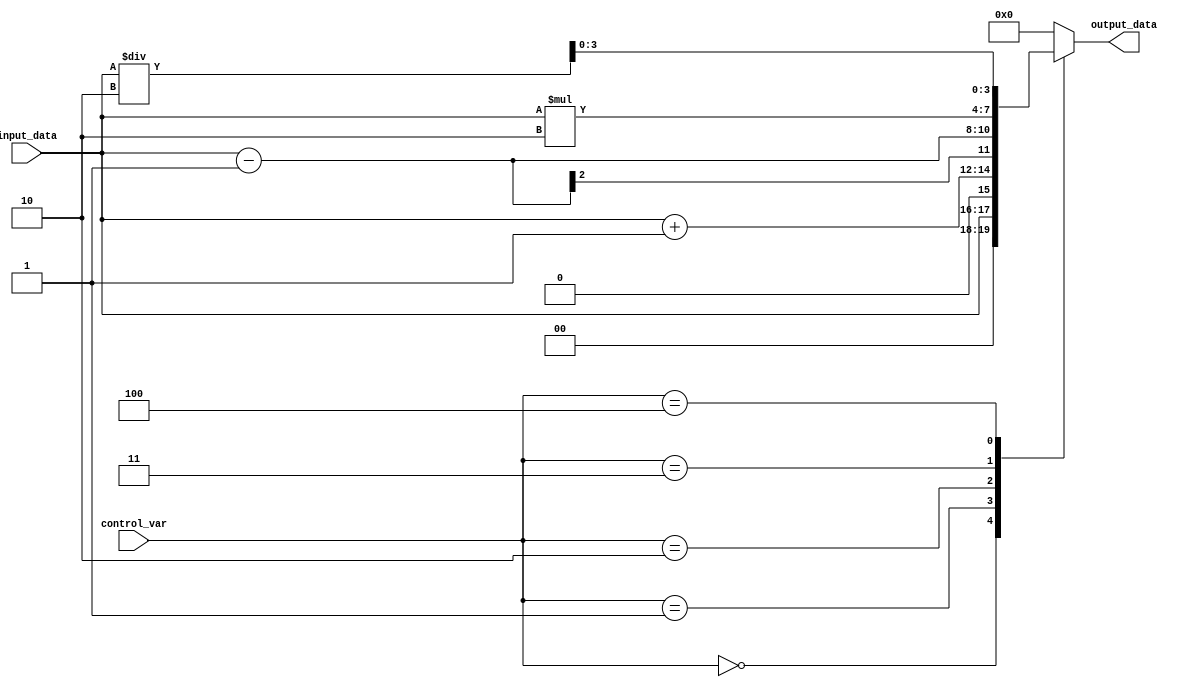
module case_statement_behav(input [2:0] control_var,
                            input [1:0] input_data,
                            output reg [3:0] output_data);

always @*
begin
  case(control_var)
    3'b000: output_data = input_data;
    3'b001: output_data = input_data + 1;
    3'b010: output_data = input_data - 1;
    3'b011: output_data = input_data * 2;
    3'b100: output_data = input_data / 2;
    default: output_data = 4'b0000;
  endcase
end
endmodule